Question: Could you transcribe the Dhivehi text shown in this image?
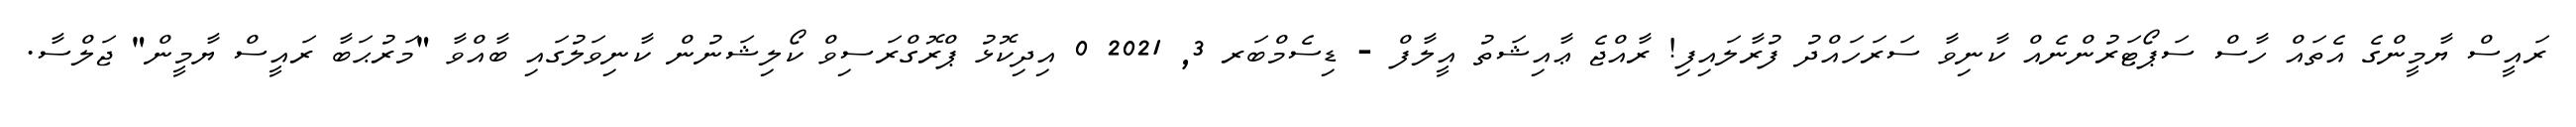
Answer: ރައީސް ޔާމީންގެ އެތައް ހާސް ސަޕޯޓަރުންނެއް ކާނިވާ ސަރަހައްދު ފުރާލައިފި! ރާއްޖެ ޢާއިޝަތު އީލާފް - ޑިސެމްބަރ 3, 2021 0 އިދިކޮޅު ޕްރޮގްރަސިވް ކޯލިޝަނުން ކާނިވަލުގައި ބާއްވާ "މަރުޙަބާ ރައީސް ޔާމީން" ޖަލްސާ.